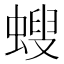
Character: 螋